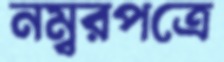
নম্বরপত্রে